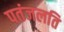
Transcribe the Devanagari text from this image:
पतंजलति